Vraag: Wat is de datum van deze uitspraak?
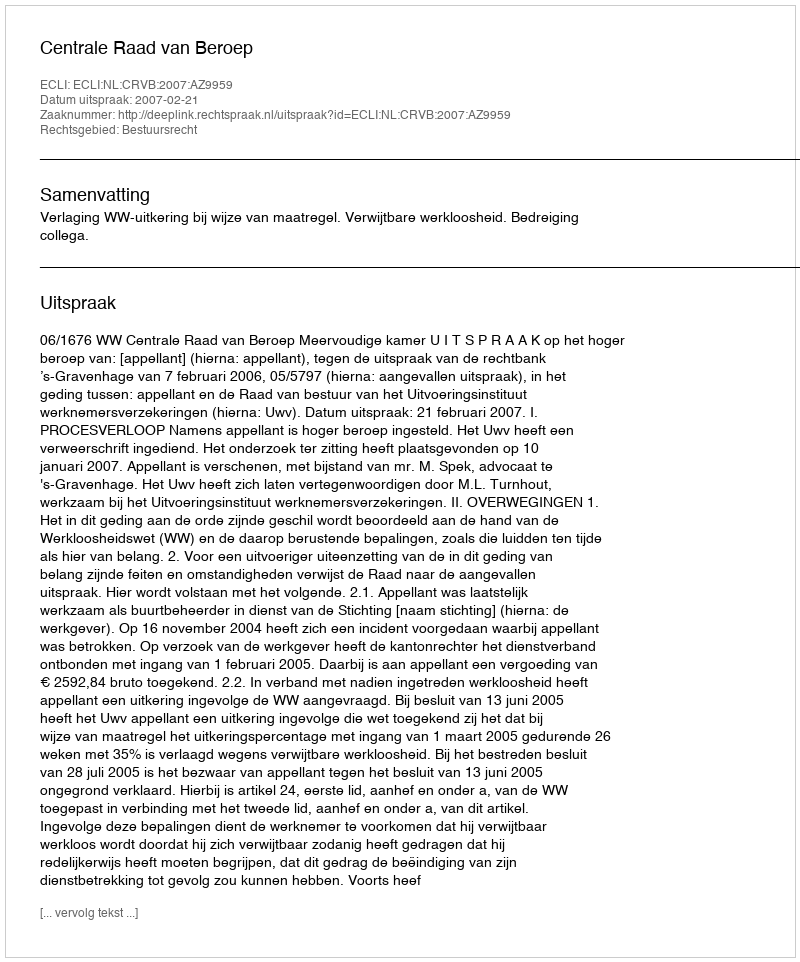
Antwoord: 2007-02-21